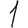
Digit: 1